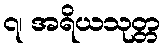
၇၊ အရိယသုတ္တ